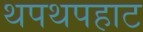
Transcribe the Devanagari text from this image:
थपथपहाट